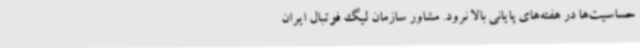
حساسیت‌ها در هفته‌های پایانی بالا نرود. مشاور سازمان لیگ فوتبال ایران